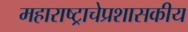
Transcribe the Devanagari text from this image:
महाराष्ट्राचेप्रशासकीय